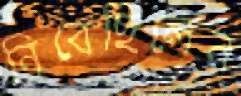
নিবেছিলেন